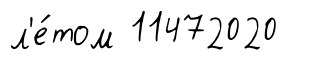
л'е́том 11472020